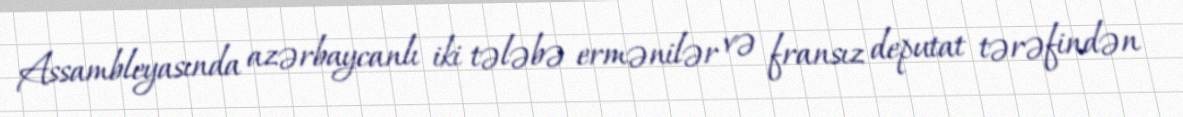
Assambleyasında azərbaycanlı iki tələbə ermənilər və fransız deputat tərəfindən